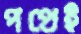
পথেই